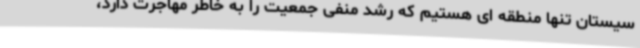
سیستان تنها منطقه ای هستیم که رشد منفی جمعیت را به خاطر مهاجرت دارد،